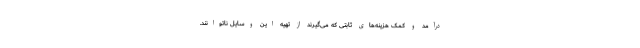
درآمد و کمک هزینه‌های ثابتی که می‌گیرند از تهیه این وسایل ناتوانند.